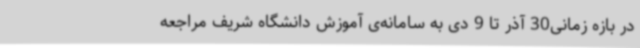
در بازه‌ زمانی30 آذر تا 9 دی به سامانه‌ی آموزش دانشگاه شریف مراجعه